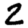
Digit: 2